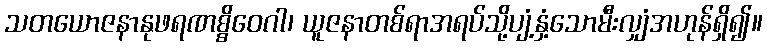
သတယောဇနာနုဖရဏစ္စိဝေဂါ၊ ယူဇနာတစ်ရာအရပ်သို့ပျံ့နှံ့သောမီးလျှံအဟုန်ရှိ၍။